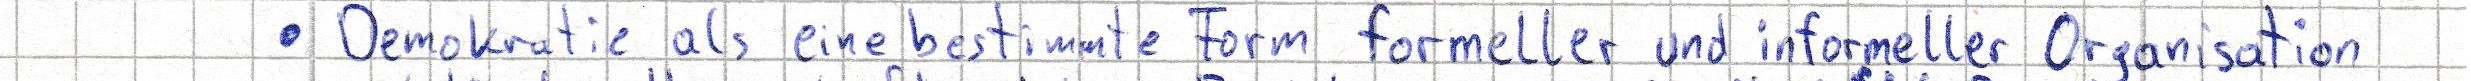
- Demokratie als eine bestimmte Form formeller und informeller Organisation